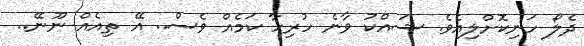
ދެލޯ ހަނިކޮށްލިއެވެ. ޝައްކު ވާނެ ހުރިހާ ކަމެއް ވެސް.. އޭ ތިއެއް ނޫނޭ..